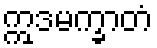
ဣဒမက္ခာတံ